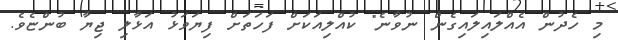
މި ހެދުން އެއްލައިލައިގެން ނުވާނެ" ކުއްލިއަކަށް ފަހަތަށް ފިޔަވަޅު އަޅާލި ޖިޔާ ބުންޏެވެ.